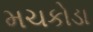
મચકોડા